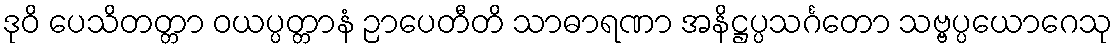
ဒုဝိ ပေသိတတ္တာ ဝယပ္ပတ္တာနံ ဉာပေတီတိ သာဓာရဏာ အနိဋ္ဌပ္ပသင်္ဂတော သဗ္ဗပ္ပယောဂေသု